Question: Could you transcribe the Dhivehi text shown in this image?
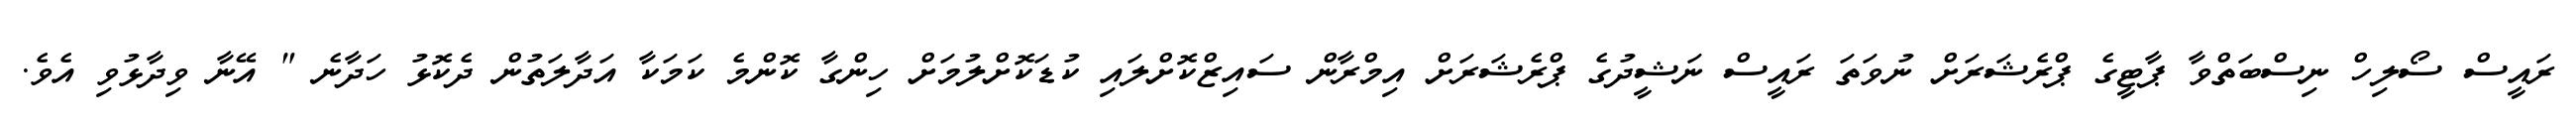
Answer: ރައީސް ސޯލިހް ނިސްބަތްވާ ޕާޓީގެ ޕްރެޝަރަށް ނުވަތަ ރައީސް ނަޝީދުގެ ޕްރެޝަރަށް އިމްރާން ސައިޒްކޮށްލައި ކުޑަކޮށްލުމަށް ހިންގާ ކޮންމެ ކަމަކާ އަދާލަތުން ދެކޮޅު ހަދާނެ " އޭނާ ވިދާޅުވި އެވެ.